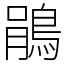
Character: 鵑